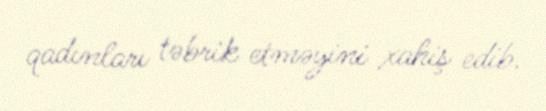
qadınları təbrik etməyini xahiş edib.